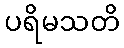
ပရိမသတိ